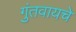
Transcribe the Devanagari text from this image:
गुंतवायचे